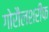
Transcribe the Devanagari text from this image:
गोरौलशरीफ